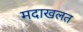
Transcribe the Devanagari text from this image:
मदाखलत